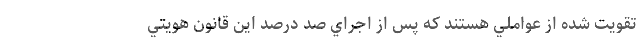
تقويت ‌شده از عواملي هستند كه پس از اجراي صد درصد اين قانون هويتي